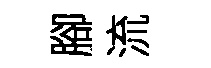
腳流